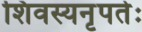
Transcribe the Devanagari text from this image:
शिवस्यनृपतेः